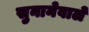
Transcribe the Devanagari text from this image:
सुनानेवाले